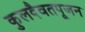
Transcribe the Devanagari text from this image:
कुलदैवतपूजन